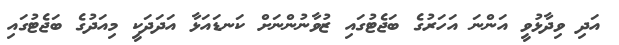
އަދި ވިދާޅުވީ އަންނަ އަހަރުގެ ބަޖެޓުގައި ޒުވާނުންނަށް ކަނޑައަޅާ އަދަދަކީ މިއަދުގެ ބަޖެޓުގައި